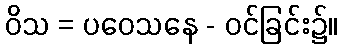
ဝိသ = ပဝေသနေ - ဝင်ခြင်း၌။